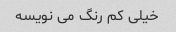
خیلی کم رنگ می نویسه